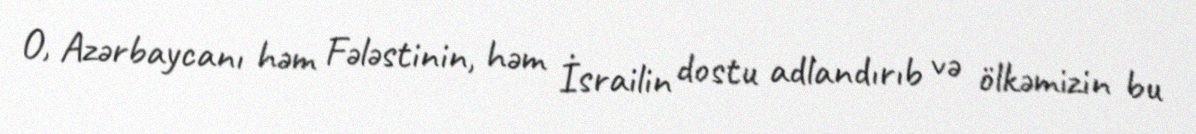
O, Azərbaycanı həm Fələstinin, həm İsrailin dostu adlandırıb və ölkəmizin bu